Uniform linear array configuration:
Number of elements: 4
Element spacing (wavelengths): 0.25
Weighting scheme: hann
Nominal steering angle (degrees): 45
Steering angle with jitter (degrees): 43.173
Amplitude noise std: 0.05
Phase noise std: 0.05

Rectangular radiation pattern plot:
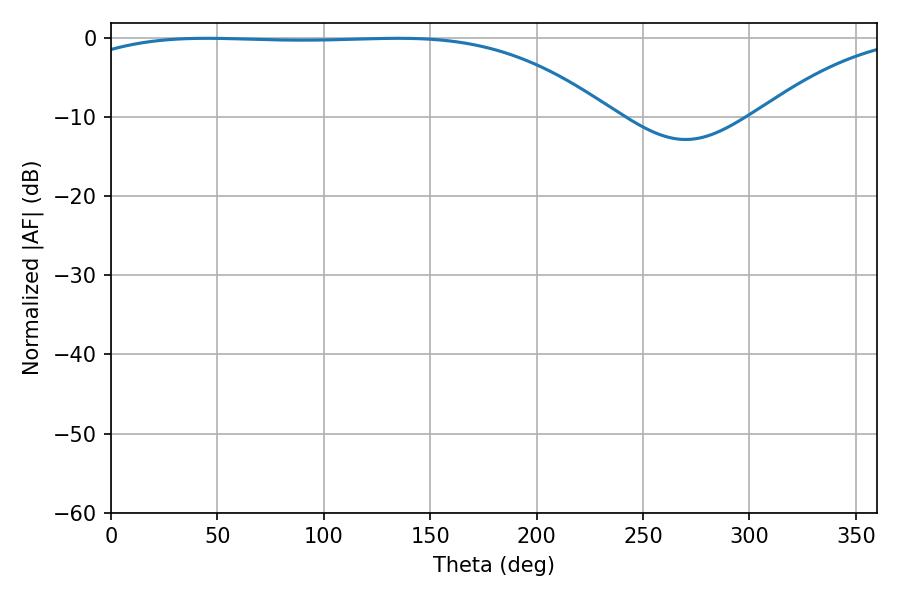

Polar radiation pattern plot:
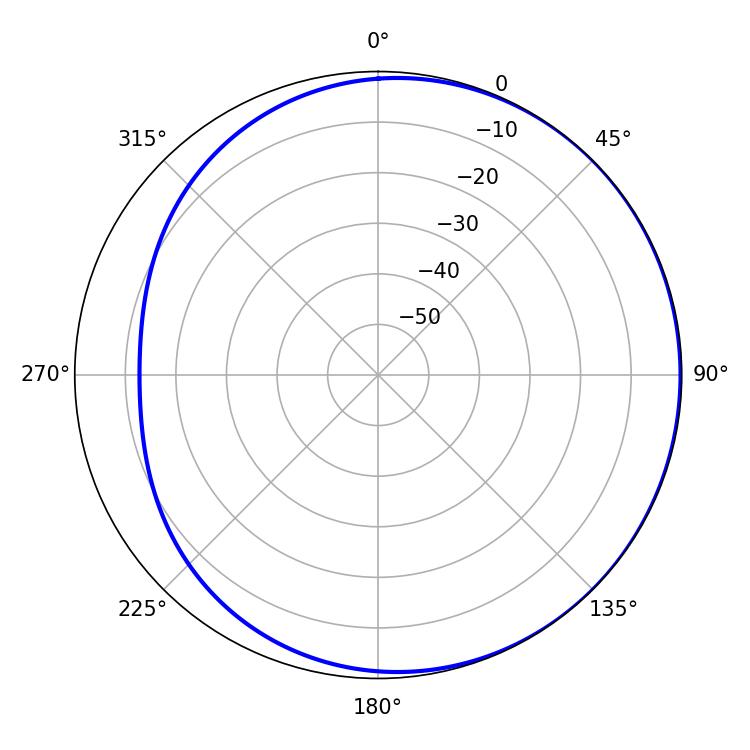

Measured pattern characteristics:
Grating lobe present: FALSE
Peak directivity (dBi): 0.9832
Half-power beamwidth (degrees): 196.92
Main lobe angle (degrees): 45